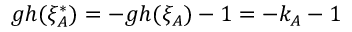
g h ( \xi _ { A } ^ { * } ) = - g h ( \xi _ { A } ) - 1 = - k _ { A } - 1